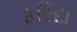
ફરિદા